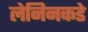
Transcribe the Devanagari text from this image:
लेनिनकडे